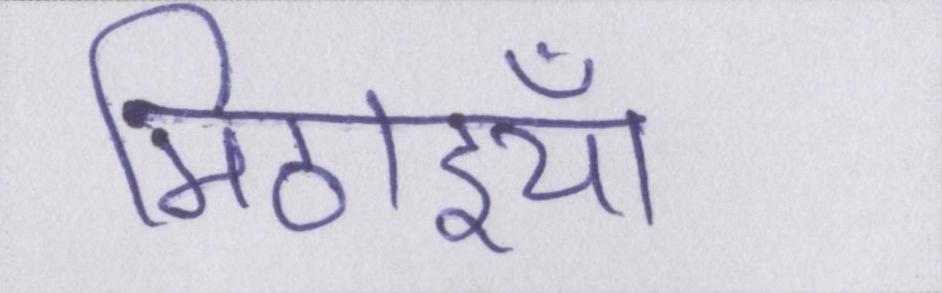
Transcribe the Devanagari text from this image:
मिठाइयाँ